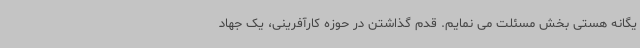
یگانه هستی بخش مسئلت می نمایم. قدم گذاشتن در حوزه کارآفرینی، یک جهاد